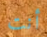
أنت